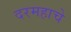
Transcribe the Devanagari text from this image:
दरमहाचे